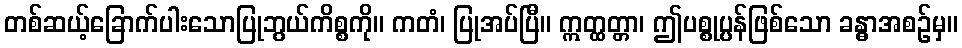
တစ်ဆယ့်ခြောက်ပါးသောပြုဘွယ်ကိစ္စကို။ ကတံ၊ ပြုအပ်ပြီ။ ဣတ္ထတ္တာ၊ ဤပစ္စုပ္ပန်ဖြစ်သော ခန္ဓာအစဉ်မှ။